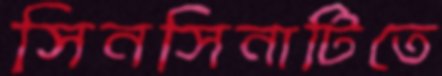
সিনসিনাটিতে